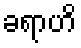
ခရာဟိ